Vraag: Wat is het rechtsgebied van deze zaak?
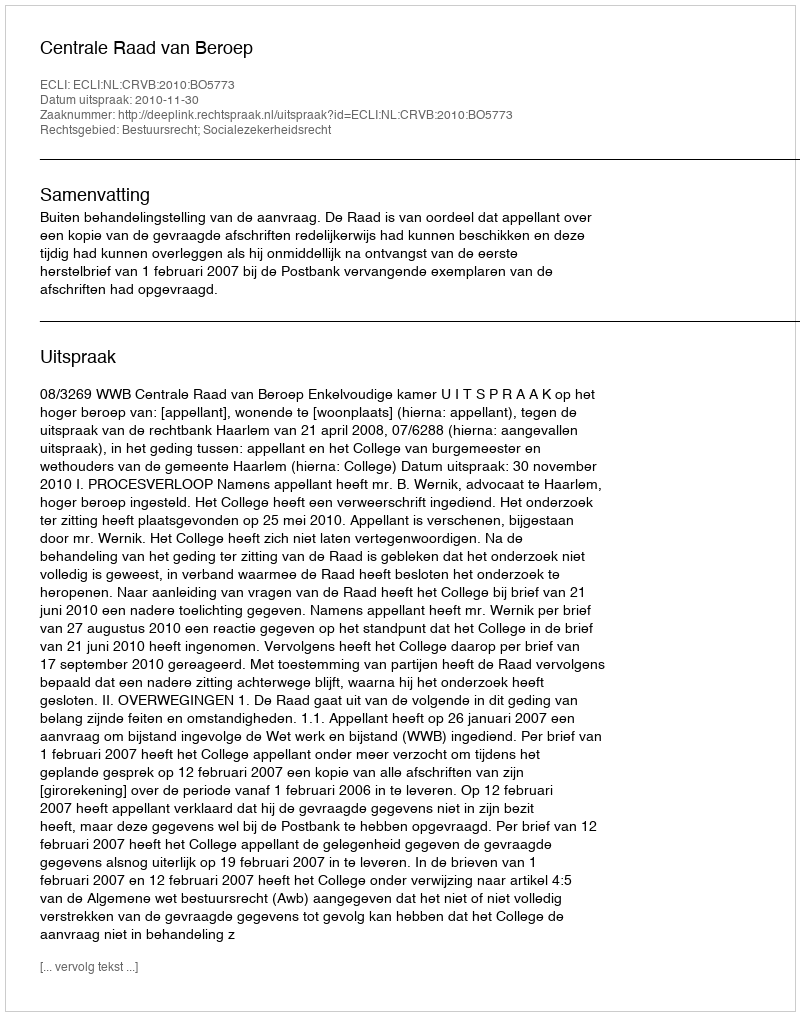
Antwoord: Bestuursrecht; Socialezekerheidsrecht